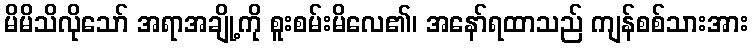
မိမိသိလိုသော် အရာအချို့ကို စူးစမ်းမိလေ၏၊ အနော်ရထာသည် ကျန်စစ်သားအား